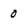
Character: 0